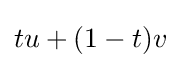
tu+(1-t)v